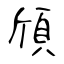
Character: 頎